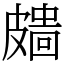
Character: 𥀖